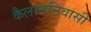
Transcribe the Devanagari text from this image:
कैलासनिवासी